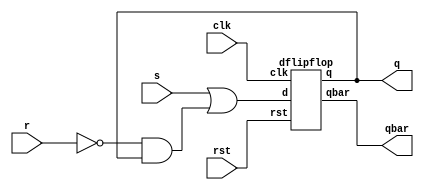

module sr_using_d(s,r,clk,rst,q,qbar);
input s,r,clk,rst;
output q,qbar;
assign w=s|(~r&q);
dflipflop DUT1(w,clk,rst,q,qbar);
endmodule

module dflipflop(d,clk,rst,q,qbar);
input d,clk,rst;
output reg q;
output qbar;
always@(posedge clk)
begin
if(rst)
q<=0;
else
q<=d;
end
assign qbar=~q;
endmodule